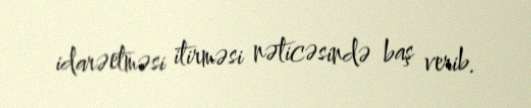
idarəetməsi itirməsi nəticəsində baş verib.